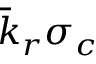
\bar { k } _ { r } \sigma _ { c }